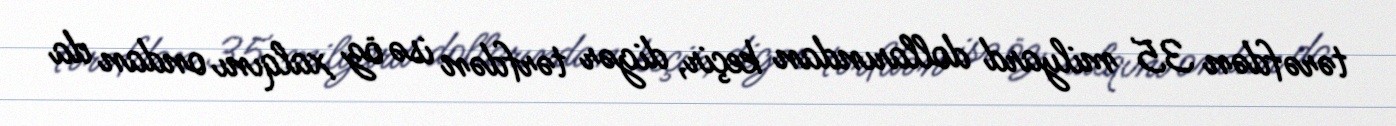
tərəfdən 35 milyard dollarından keçir, digər tərfdən isə öz xalqını ondan da